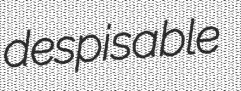
despisable